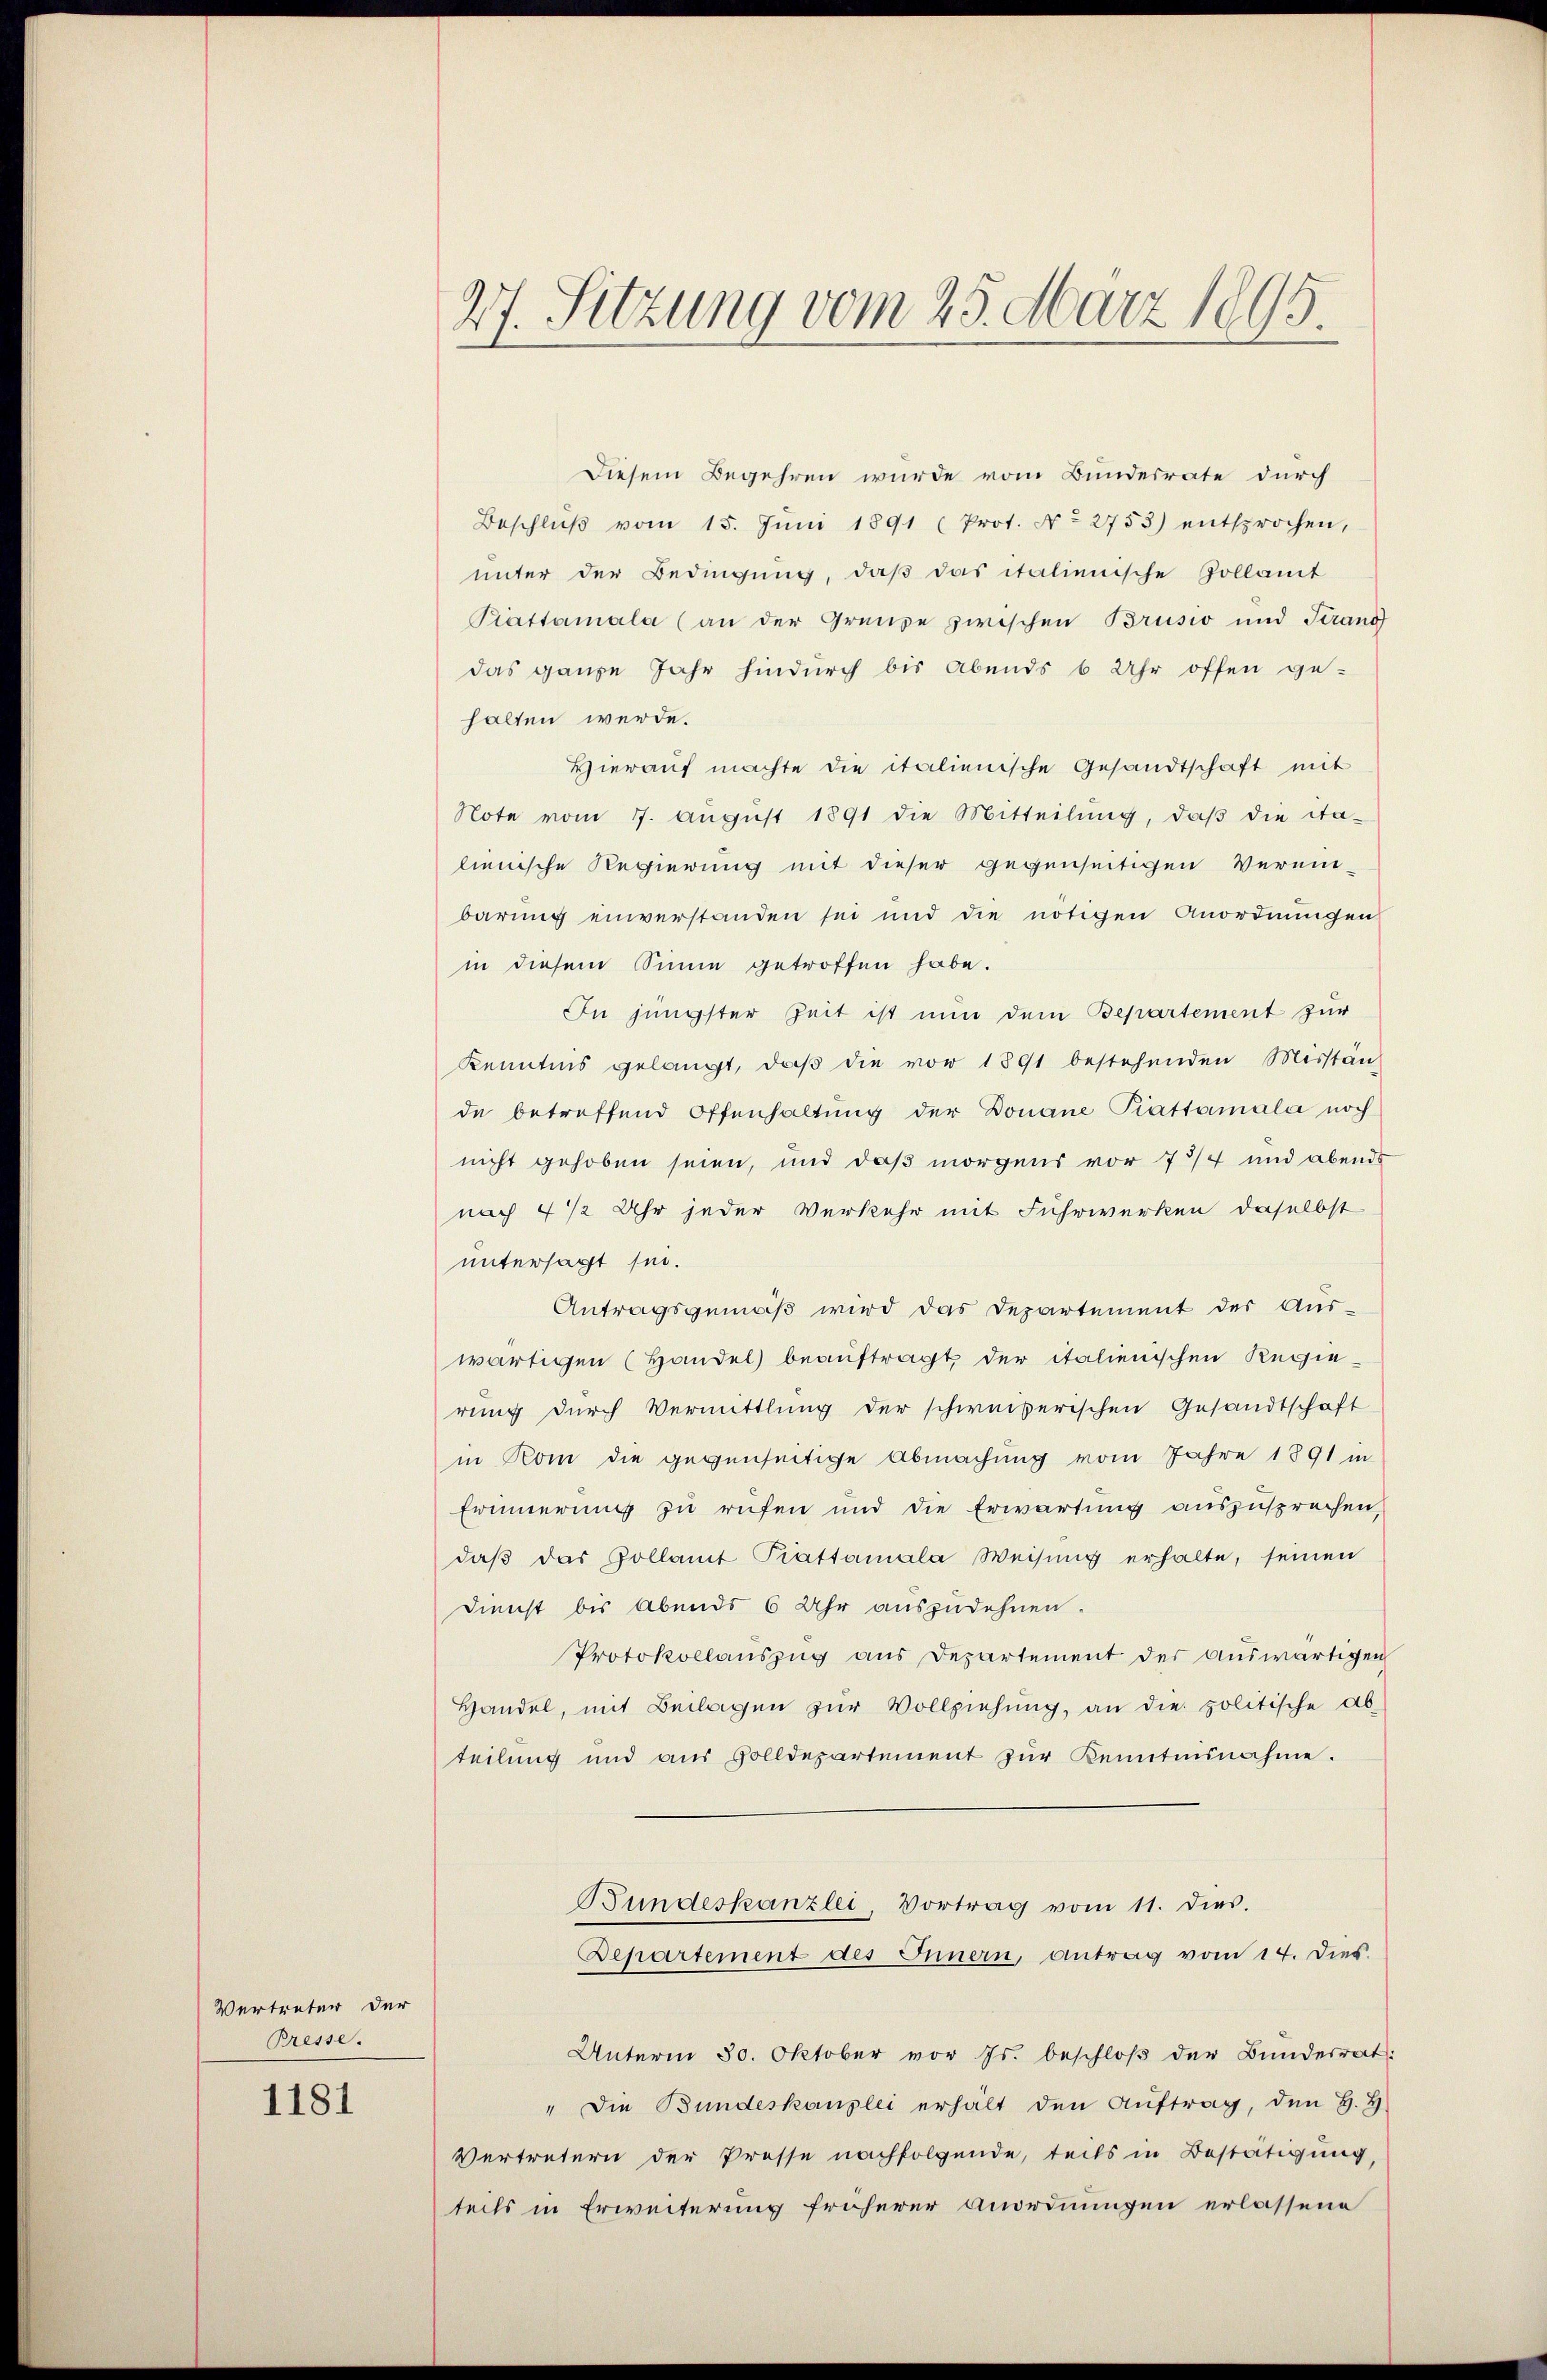
Vertreter der
Bresse.

1181

27. Sitzung vom 25. März 1895.

Diesem Begehren wurde vom Bundesrate durch
Beschlŭβ vom 15. Jŭni 1891 (Prot. No 2753) entsprochen,
unter der Bedingung, daß das italienische Zollamt
Piattamala (an der Grenze zwischen Brusio und Strang
das ganze Jahr hindurch bis Abends 6 Uhr offen ge-
halten werde.
Hierauf machte die italienische Gesandtschaft mit
Note vom 7. Aŭgŭst 1891 die Mitteilŭng, daβ die Sta-
lienische Regierung mit dieser gegenseitigen Verein-
barung einverstanden sei und die nötigen Anordnŭngen
in diesem Sinne getroffen habe.
In jüngster Zeit ist nun dem Bepartement zur
Kenntnis gelangt, daβ die vor 1891 bestehenden Misstän
de betreffend Offenhaltŭng der Donaue Prattamala noch
nicht gehoben seien, und daß morgens vor 73/4 und abends
nach 4 1/2 Uhr jeder Verkehr mit Fuhrwerken daselbst
untersagt sei.
Antragsgemäβ wird das Departement der Aŭs-
wärtigen (Handel beauftragt, der italienischen Regierung durch Vermittlung der schweizerischen Gesandtschaft
in Rom die gegenseitige Abmachung vom Jahre 1891 in
Erinnerung zu rufen und die Erwartung auszusprechen,
daβ das Zollamt Prattamala Weisŭng erhalte, seinen
Dienst bis Abends 6 Uhr auszudehnen.
Protokollauszug aus Departement der auswärtigen
Handel, mit Beilagen zŭr Vollziehung, an die politische Ab-
teilung und aus Zolldepartement zŭr Kenitensnahme.
Bundeskanzlei, Vortrag vom 11. dies.
Bepartement des Innern, antrag vom 14. Dies
Unterm 30. Oktober vor Js. beschloß der Bundesrat:
" Die Bundeskanzlei erhält den Aŭftrag, den H. H.
Vertretern der Prosse nachfolgende, teils in Bestätigung,
teils in Erweiterung früherer Anordnungen erlassene